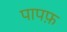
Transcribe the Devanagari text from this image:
पापफ़